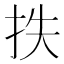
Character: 抶